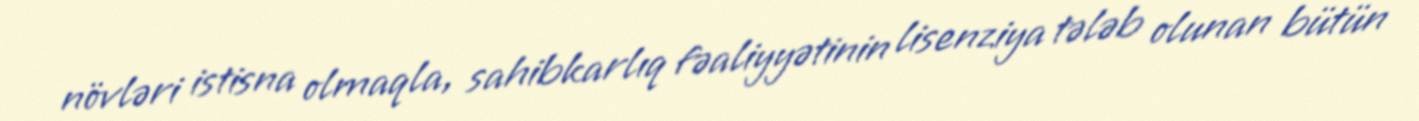
növləri istisna olmaqla, sahibkarlıq fəaliyyətinin lisenziya tələb olunan bütün